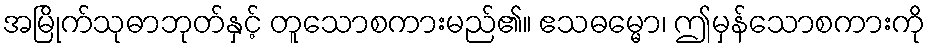
အမြိုက်သုဓာဘုတ်နှင့် တူသောစကားမည်၏။ ဧသဓမ္မော၊ ဤမှန်သောစကားကို